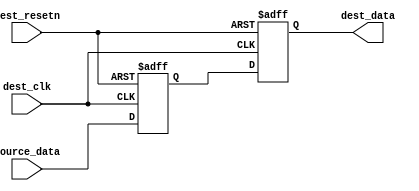
// This program was cloned from: https://github.com/verimake-team/SparkRoad-V
// License: MIT License

//-----------------------------------------------------------------------------
// The confidential and proprietary information contained in this file may
// only be used by a person authorised under and to the extent permitted
// by a subsisting licensing agreement from ARM Limited.
//
//            (C) COPYRIGHT 2013 ARM Limited.
//                ALL RIGHTS RESERVED
//
// This entire notice must be reproduced on all copies of this file
// and copies of this file may only be made by a person if such person is
// permitted to do so under the terms of a subsisting license agreement
// from ARM Limited.
//
//      SVN Information
//
//      Checked In          : $Date: 2017-07-25 15:10:13 +0100 (Tue, 25 Jul 2017) $
//
//      Revision            : $Revision: 368444 $
//
//      Release Information : Cortex-M0 DesignStart-r2p0-00rel0
//
//-----------------------------------------------------------------------------
//-----------------------------------------------------------------------------
// Abstract : Synchronization registers for metastability prevention
//-----------------------------------------------------------------------------

module fpga_sync_regs (
  dest_clk,
  dest_resetn,
  source_data,
  dest_data
  );

//  Simple metastability register

parameter INPUT_WIDTH      = 8;                 // Width of data bus
parameter INPUT_MAX        = INPUT_WIDTH - 1;   // Upper bound of data vector

  input                dest_clk;
  input                dest_resetn;
  input  [INPUT_MAX:0] source_data;
  output [INPUT_MAX:0] dest_data;

  // synchronization registers to avoid metastability issue
  wire [INPUT_MAX:0] dest_data;
  reg  [INPUT_MAX:0] dest_data_i1;
  reg  [INPUT_MAX:0] dest_data_i2;

  always @ (posedge dest_clk or negedge dest_resetn)
  begin
  if (!dest_resetn) begin
    dest_data_i1 <= {INPUT_WIDTH{1'b0}};
    dest_data_i2 <= {INPUT_WIDTH{1'b0}};
  end else begin
    dest_data_i1 <= source_data;
    dest_data_i2 <= dest_data_i1;
  end
  end

  assign dest_data = dest_data_i2;

endmodule